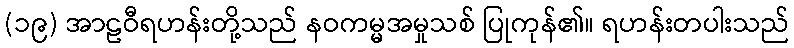
(၁၉) အာဠဝီရဟန်းတို့သည် နဝကမ္မအမှုသစ် ပြုကုန်၏။ ရဟန်းတပါးသည်